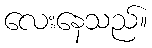
လေးနေသည်။